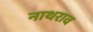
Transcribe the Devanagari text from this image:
नाथराव